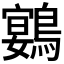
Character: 𮭍